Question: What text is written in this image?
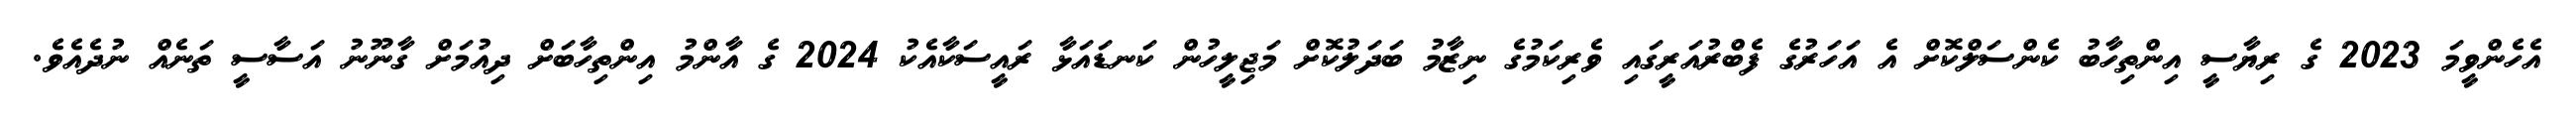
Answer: އެހެންވީމަ 2023 ގެ ރިޔާސީ އިންތިހާބު ކެންސަލްކޮށް އެ އަހަރުގެ ފެބްރުއަރީގައި ވެރިކަމުގެ ނިޒާމު ބަދަލުކޮށް މަޖިލީހުން ކަނޑައަޅާ ރައީސަކާއެކު 2024 ގެ އާންމު އިންތިހާބަށް ދިއުމަށް ގާނޫނު އަސާސީ ތަނެއް ނުދެއެވެ.